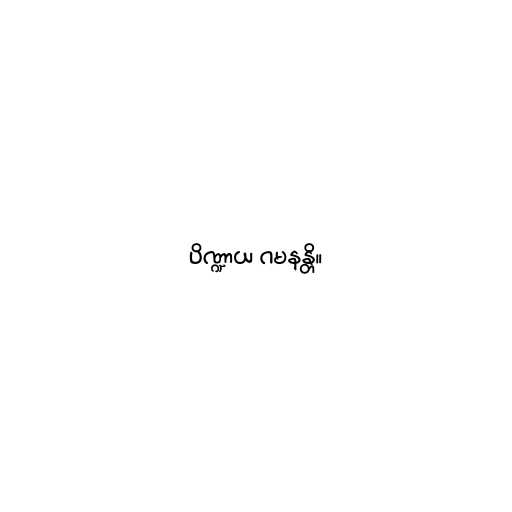
ပိဏ္ဍာယ ဂမနန္တိ။